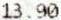
13.90